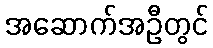
အဆောက်အဦတွင်